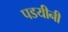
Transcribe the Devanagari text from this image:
पडयीनी